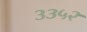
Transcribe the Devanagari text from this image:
३३५२